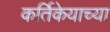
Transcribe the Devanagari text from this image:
कर्तिकेयाच्या